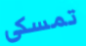
تمسكى